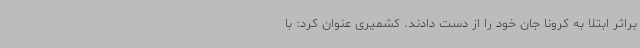
براثر ابتلا به کرونا جان خود را از دست دادند. کشمیری عنوان کرد: با